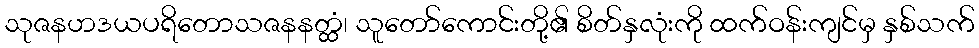
သုဇနဟဒယပရိတောသဇနနတ္ထံ၊ သူတော်ကောင်းတို့၏ စိတ်နှလုံးကို ထက်ဝန်းကျင်မှ နှစ်သက်